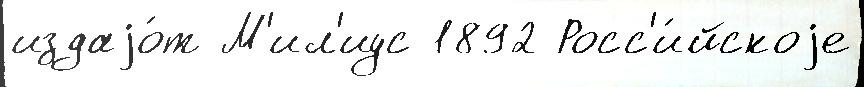
издаjо́т М'ил'иус 1892 Росс'и́йскоjе